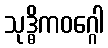
သုဒ္ဓိကဝဂ္ဂေါ